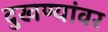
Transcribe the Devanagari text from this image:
दुखण्यांवर